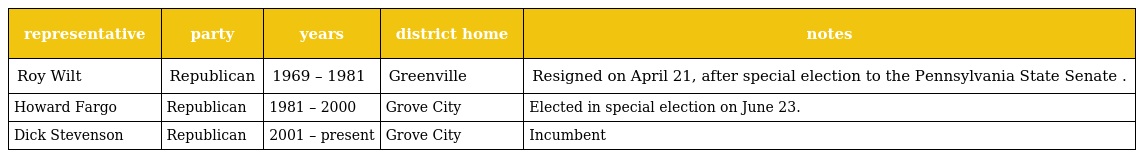
| representative | party | years | district home | notes |
 | --- | --- | --- | --- | --- |
 | Roy Wilt | Republican | 1969 – 1981 | Greenville | Resigned on April 21, after special election to the Pennsylvania State Senate . |
 | Howard Fargo | Republican | 1981 – 2000 | Grove City | Elected in special election on June 23. |
 | Dick Stevenson | Republican | 2001 – present | Grove City | Incumbent |